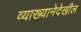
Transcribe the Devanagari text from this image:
व्याख्यानेदेखील